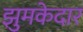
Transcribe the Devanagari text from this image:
झुमकेदार